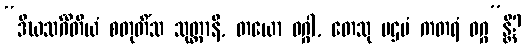
“ဒီဃသင်္ဂီတိယံ စတုတိံသ သုတ္တာနိ, တယော ဝဂ္ဂါ, တေသု ပဌမံ ကတရံ ဝဂ္ဂ”န္တိ?